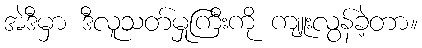
အဲဒီမှာ ဒီလူသတ်မှုကြီးကို ကျူးလွန်ခဲ့တာ။